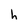
Character: h